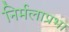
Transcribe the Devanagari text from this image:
निर्मलाप्रभा